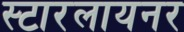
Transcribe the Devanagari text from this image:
स्टारलायनर